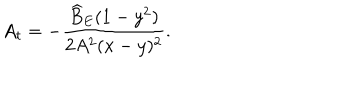
LaTeX: A _ { t } = - \frac { \widehat { B } _ { E } ( 1 - y ^ { 2 } ) } { 2 A ^ { 2 } ( x - y ) ^ { 2 } } .